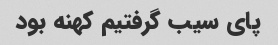
پای سیب گرفتیم کهنه بود